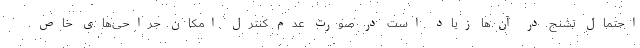
احتمال تشنج در آن‌ها زیاد است در صورت عدم کنترل امکان جراحی‌های خاص